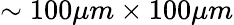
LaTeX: \sim 100\mu m\times 100\mu m